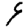
Digit: 9